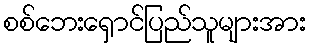
စစ်ဘေးရှောင်ပြည်သူများအား